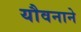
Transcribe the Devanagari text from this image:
यौवनाने